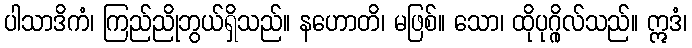
ပါသာဒိကံ၊ ကြည်ညိုဘွယ်ရှိသည်။ နဟောတိ၊ မဖြစ်။ သော၊ ထိုပုဂ္ဂိုလ်သည်။ ဣဒံ၊